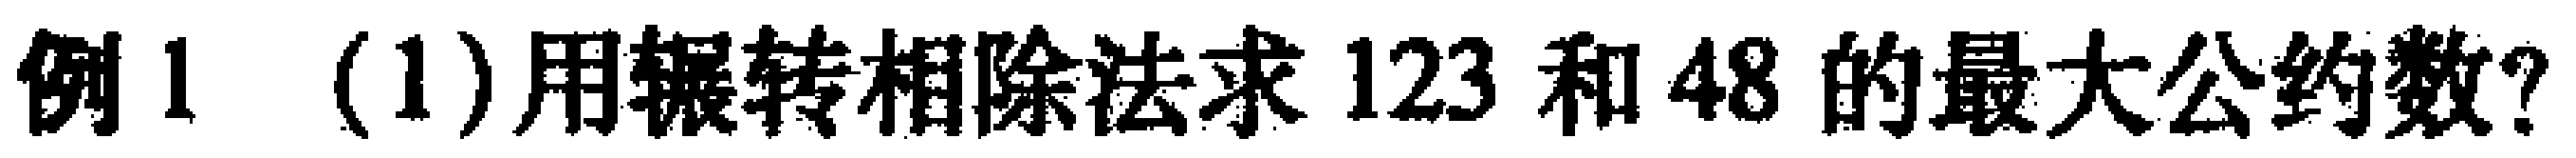
例1 (1) 用辗转相除法求 \(123\) 和 \(48\) 的最大公约数？